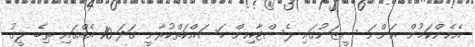
އެހެންކަމުން އަންނަ ސީޒަނުގައި ލެސްޓާއިން މަސައްކަތްކުރާނީ ގަދަ 10 އެއްގައި ތިބެ ލީގު